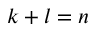
k + l = n